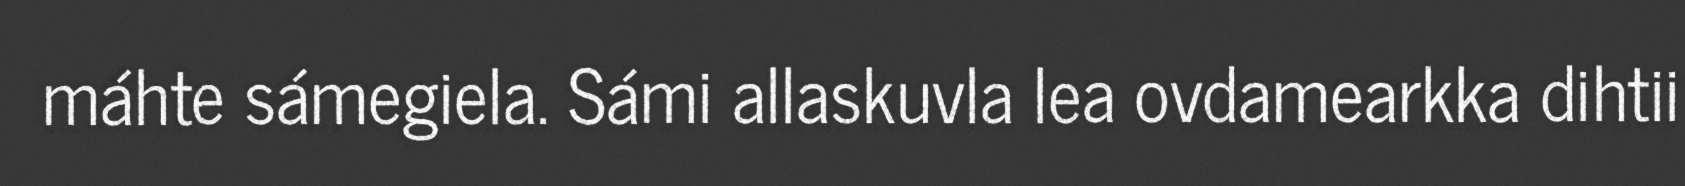
máhte sámegiela. Sámi allaskuvla lea ovdamearkka dihtii